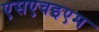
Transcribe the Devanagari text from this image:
एसएचइएम